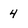
Character: 4